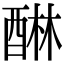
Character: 醂